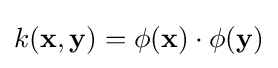
k(\mathbf {x} ,\mathbf {y} )=\phi (\mathbf {x} )\cdot \phi (\mathbf {y} )